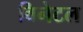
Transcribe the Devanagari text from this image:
विनेटल